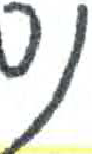
אות: נ